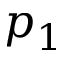
p _ { 1 }